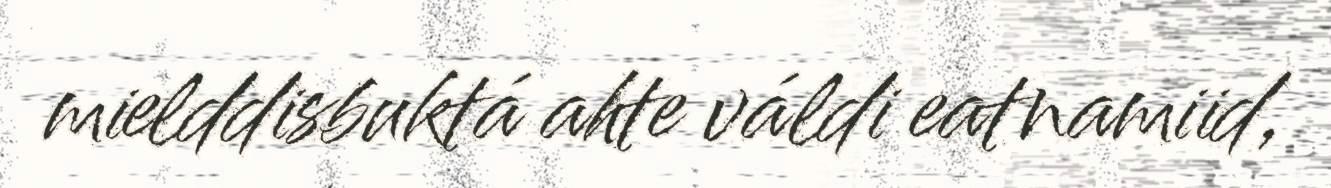
mielddisbuktá ahte váldi eatnamiid,